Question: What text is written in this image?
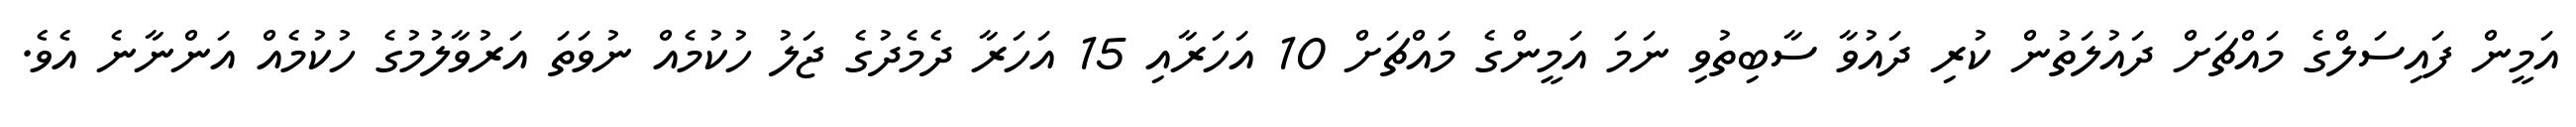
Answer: އަމީން ފައިސަލްގެ މައްޗަށް ދައުލަތުން ކުރި ދައުވާ ސާބިތުވި ނަމަ އަމީންގެ މައްޗަށް 10 އަހަރާއި 15 އަހަރާ ދެމެދުގެ ޖަލު ހުކުމެއް ނުވަތަ އަރުވާލުމުގެ ހުކުމެއް އަންނާނެ އެވެ.